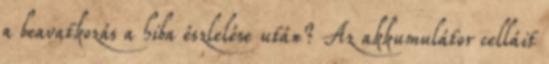
a beavatkozás a hiba észlelése után? Az akkumulátor celláit